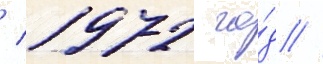
/ 1972 го́д //